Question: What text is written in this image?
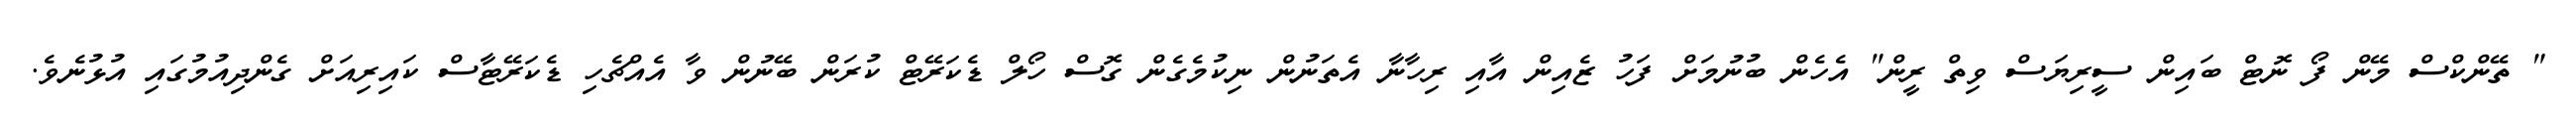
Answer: " ތޭންކްސް މޭން ފޯ ނޮޓް ބައިން ސީރިޔަސް ވިތް ރީން" އެހެން ބުނުމަށް ފަހު ޒެއިން އާއި ރިހާނާ އެތަނުން ނިކުމެގެން ގޮސް ހޯލް ޑެކަރޭޓް ކުރަން ބޭނުން ވާ އެއްޗެހި ޑެކަރޭޓާސް ކައިރިއަށް ގެންދިއުމުގައި އުޅުނެވެ.